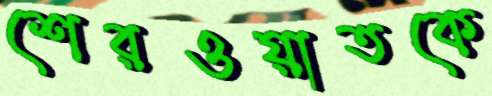
শেরওয়াতকে